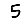
Digit: 5